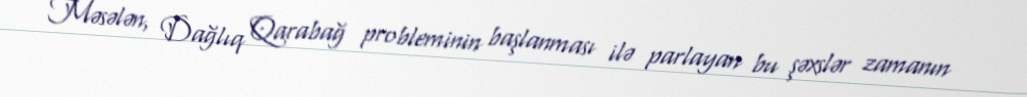
Məsələn, Dağlıq Qarabağ probleminin başlanması ilə parlayan bu şəxslər zamanın